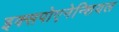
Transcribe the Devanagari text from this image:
इक्सपोएनेन्शियल